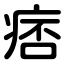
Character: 痞